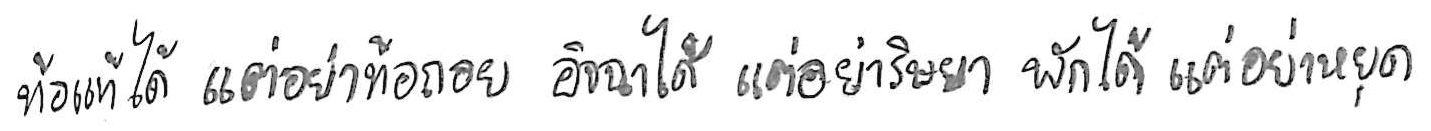
ท้อแท้ได้ แต่อย่าท้อถอย อิจฉาได้ แต่อย่าริษยา พักได้ แต่อย่าหยุด